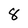
Character: 8